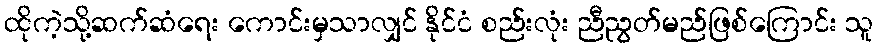
ထိုကဲ့သို့ဆက်ဆံရေး ကောင်းမှသာလျှင် နိုင်ငံ စည်းလုံး ညီညွတ်မည်ဖြစ်ကြောင်း သူ